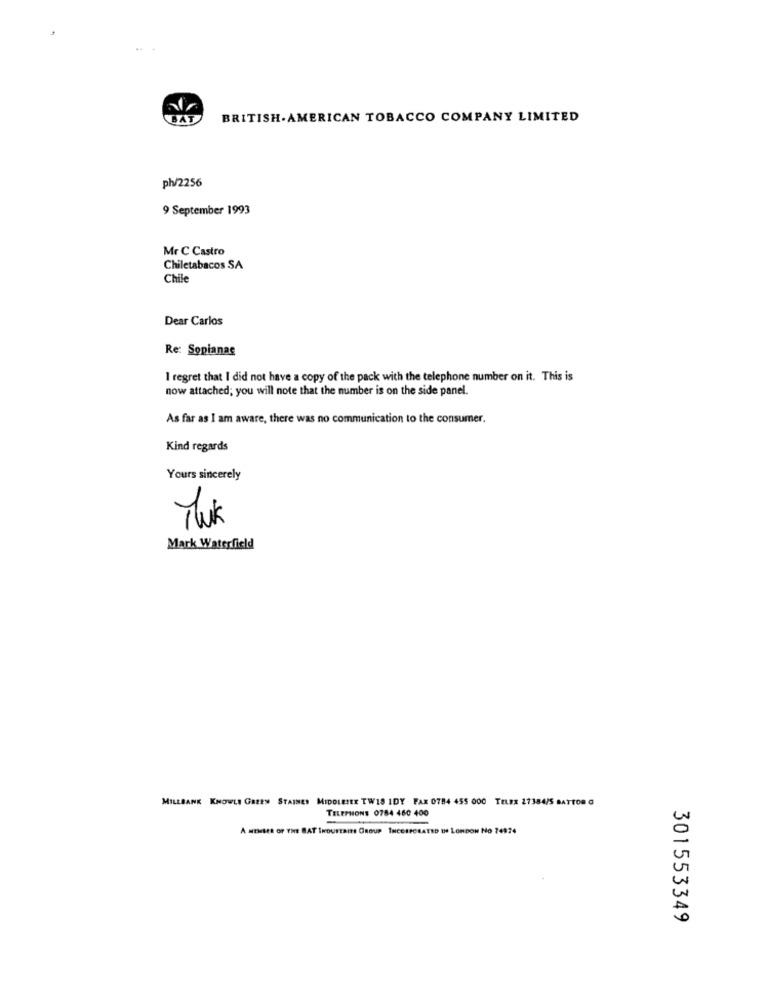
BAT
BRITISH AMERICAN TOBACCO COMPANY LIMITED
ph/2256
9 September 1993
Mr C Castro
Chiletabacos SA
Chile
Dear Carlos
Re: Sopianas
I regret that I did not have a copy of the pack with the telephone number on it. This is
now attached; you will note that the number is on the side panel.
As far as I am aware, there was no communication to the consumer.
Kind regards
Yours sincerely
Mark Waterfield
MILLBANK KNOWLE GALES STAINES MIDOLESTE TW18 IDY FAX 0784 455 000 TELEX 27384/5 8ATTOR G
TELEPHONE 0784 460 400
A MEMBER OF THE BAT INDUSTRITE GROUP INCORPORATED DO LONDON No 74974
301553349